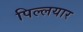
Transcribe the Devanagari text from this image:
पिल्लयार